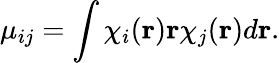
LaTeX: {\mathbf\mu}_{ij}=\int\chi_{i}({\mathbf r}){\mathbf r}\chi_{j}({\mathbf r})d{\mathbf r}.